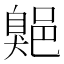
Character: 𦤡